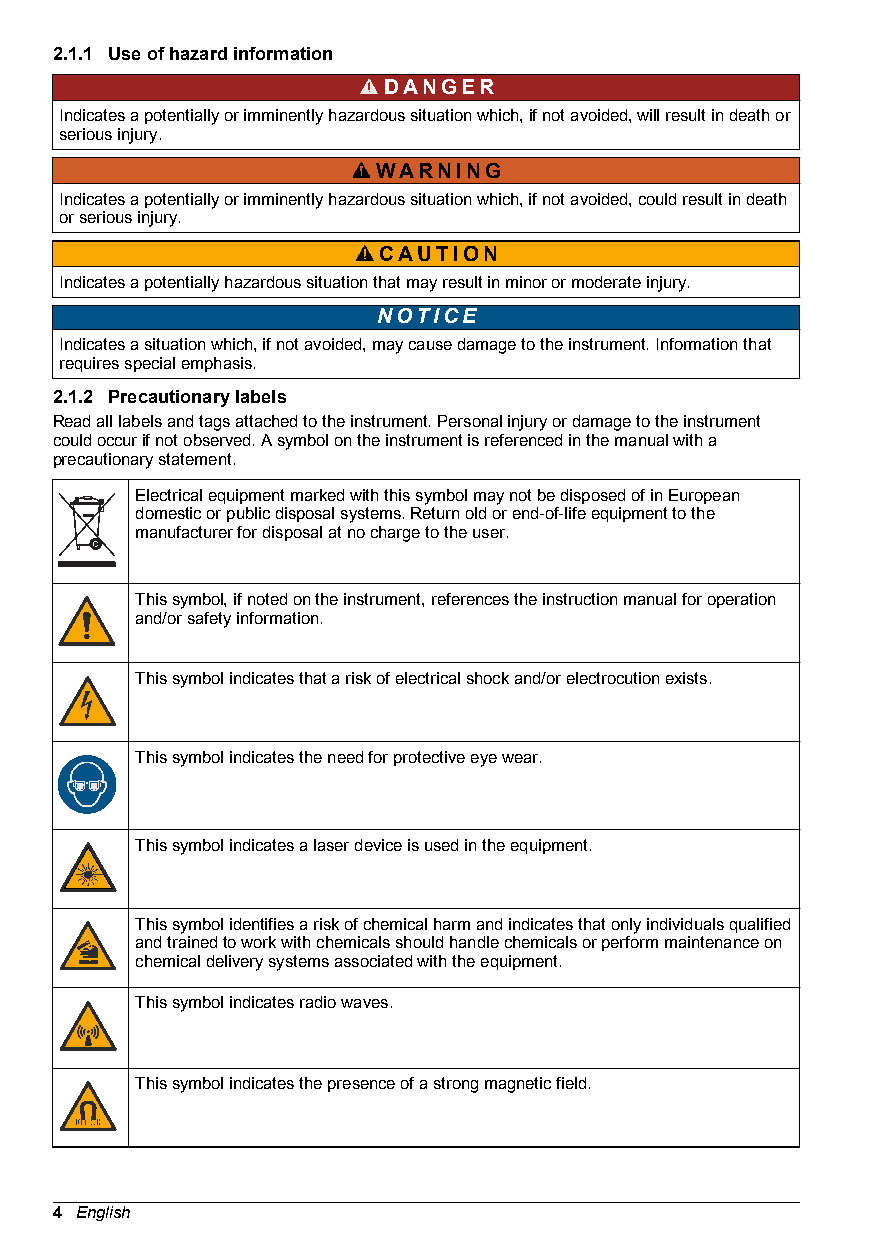
2.1.1 Use of hazard information
 DANGER
 Indicates a potentially or imminently hazardous situation which, if not avoided, will result in death or
 serious injury.
 WARNING
 Indicates a potentially or imminently hazardous situation which, if not avoided, could result in death
 or serious injury.
 CAUTION
 Indicates a potentially hazardous situation that may result in minor or moderate injury.
 NOTICE
 Indicates a situation which, if not avoided, may cause damage to the instrument. Information that
 requires special emphasis.
 2.1.2 Precautionary labels
 Read all labels and tags attached to the instrument. Personal injury or damage to the instrument
 could occur if not observed. A symbol on the instrument is referenced in the manual with a
 precautionary statement.
 Electrical equipment marked with this symbol may not be disposed of in European
 domestic or public disposal systems. Return old or end-of-life equipment to the
 manufacturer for disposal at no charge to the user.
 This symbol, if noted on the instrument, references the instruction manual for operation
 and/or safety information.
 This symbol indicates that a risk of electrical shock and/or electrocution exists.
 This symbol indicates the need for protective eye wear.
 This symbol indicates a laser device is used in the equipment.
 This symbol identifies a risk of chemical harm and indicates that only individuals qualified
 and trained to work with chemicals should handle chemicals or perform maintenance on
 chemical delivery systems associated with the equipment.
 This symbol indicates radio waves.
 This symbol indicates the presence of a strong magnetic field.
 4 English